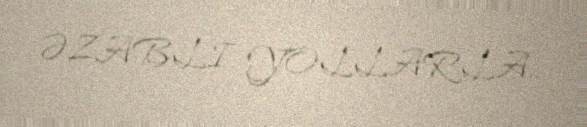
ƏZABLI YOLLARLA..